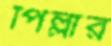
পিল্লার